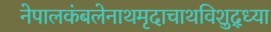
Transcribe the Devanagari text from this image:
नेपालकंबलेनाथमृदाचाथविशुद्ध्या